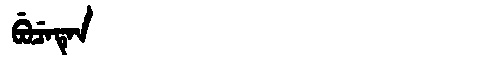
Manchu: ᠪᡠᠴᡝᡨᡝᠨ
Romanization: BUCETEN